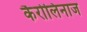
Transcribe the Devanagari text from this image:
कैरोलिनाज